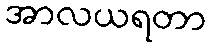
အာလယရတာ